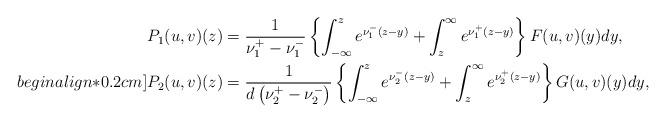
LaTeX: \begin{align*}P_1(u,v)(z)&=\frac{1}{\nu_1^+-\nu_1^-}\left\{\int_{-\infty}^{z}e^{\nu_1^-(z-y)} +\int_{z}^{\infty}e^{\nu_1^+(z-y)}\right\} F(u,v)(y)dy,\\begin{align*}0.2cm]P_2(u,v)(z)&=\frac{1}{d\left(\nu_2^+-\nu_2^-\right)}\left\{\int_{-\infty}^{z}e^{\nu_2^-(z-y)} +\int_{z}^{\infty}e^{\nu_2^+(z-y)}\right\} G(u,v)(y)dy,\end{align*}